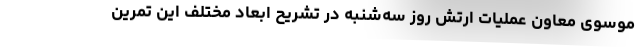
موسوی معاون عملیات ارتش روز سه‌شنبه در تشریح ابعاد مختلف این تمرین